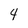
Character: 4